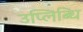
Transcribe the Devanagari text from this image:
उप्लिब्धि